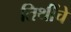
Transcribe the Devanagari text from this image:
तिथींचे